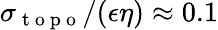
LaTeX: \sigma_{\mathrm{~t~o~p~o~}}/(\epsilon\eta)\approx 0.1